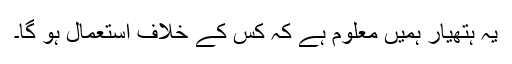
یہ ہتھیار ہمیں معلوم ہے کہ کس کے خلاف استعمال ہو گا۔